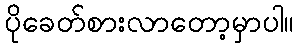
ပိုခေတ်စားလာတော့မှာပါ။